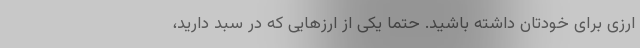
ارزی برای خودتان داشته باشید. حتماً یکی از ارزهایی که در سبد دارید،